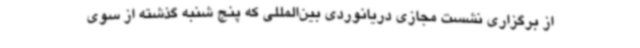
از برگزاری نشست مجازی دریانوردی بین‌المللی که پنج شنبه گذشته از سوی